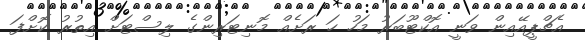
އެޗްޕީއޭއިން ވަނީ އޮކްޓޫބަރު މަހު ހަ ރަށެއް މޮނިޓަރިންގެ ލިސްޓަށް އިތުރު ކޮށްފަ